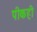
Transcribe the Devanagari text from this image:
पीकही